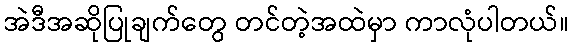
အဲဒီအဆိုပြုချက်တွေ တင်တဲ့အထဲမှာ ကာလုံပါတယ်။